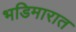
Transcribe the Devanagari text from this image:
भडिमारात